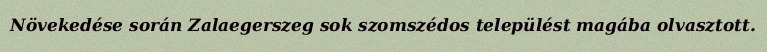
Növekedése során Zalaegerszeg sok szomszédos települést magába olvasztott.